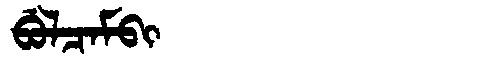
Manchu: ᠪᡠᠯᠴᠠᠮᠪᡳ
Romanization: BULCAMBI